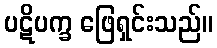
ပဋိပက္ခ ဖြေရှင်းသည်။